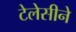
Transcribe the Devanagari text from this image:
टेलेसीने